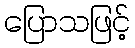
ပြောသဖြင့်